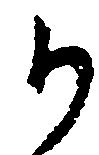
か